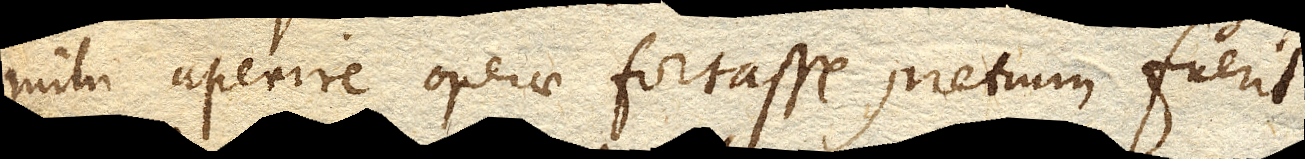
mihi aperire operae fortasse pretium fuerit.